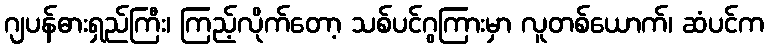
ဂျပန်ဓားရှည်ကြီး၊ ကြည့်လိုက်တော့ သစ်ပင်ဂွကြားမှာ လူတစ်ယောက်၊ ဆံပင်က